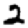
Digit: 2